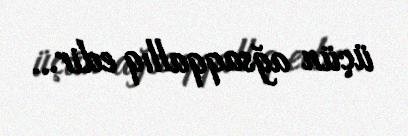
üçün ağsaqqallıq edir...